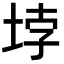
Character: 𡋯